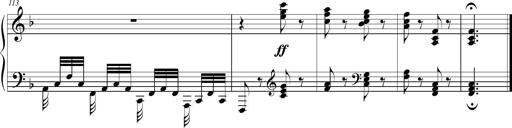
Title: 2 Sonatines faciles et brillantes pour le piano-forte seul
Composer: Carl Czerny